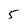
Character: 5